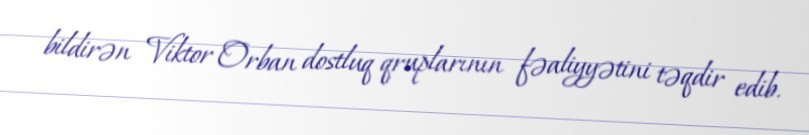
bildirən Viktor Orban dostluq qruplarının fəaliyyətini təqdir edib.